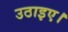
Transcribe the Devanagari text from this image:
उठाइए।